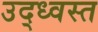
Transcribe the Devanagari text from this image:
उद्‍ध्वस्त